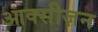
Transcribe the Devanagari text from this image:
आक्सीज़न